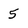
Character: 5